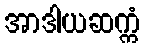
အာဒါယဆက္ကံ